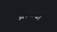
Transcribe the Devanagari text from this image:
ग्रासेटो